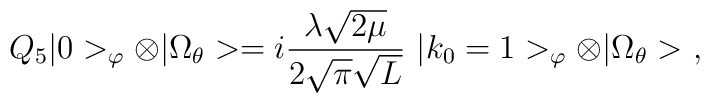
Q_5|0>_\varphi\otimes|\Omega_\theta>=i\frac{\lambda\sqrt{2\mu}}{2\sqrt{\pi}\sqrt{L}}\ |k_0=1>_\varphi\otimes|\Omega_\theta>\ ,